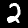
Label: 2